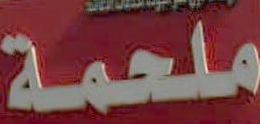
ملحمة